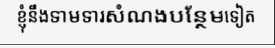
ខ្ញុំនឹងទាមទារសំណងបន្ថែមទៀត